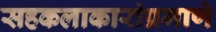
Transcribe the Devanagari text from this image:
सहकलाकारांप्रमाणे